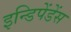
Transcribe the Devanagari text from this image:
इन्डिपेंडेंस